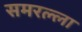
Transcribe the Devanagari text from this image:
समरल्ला